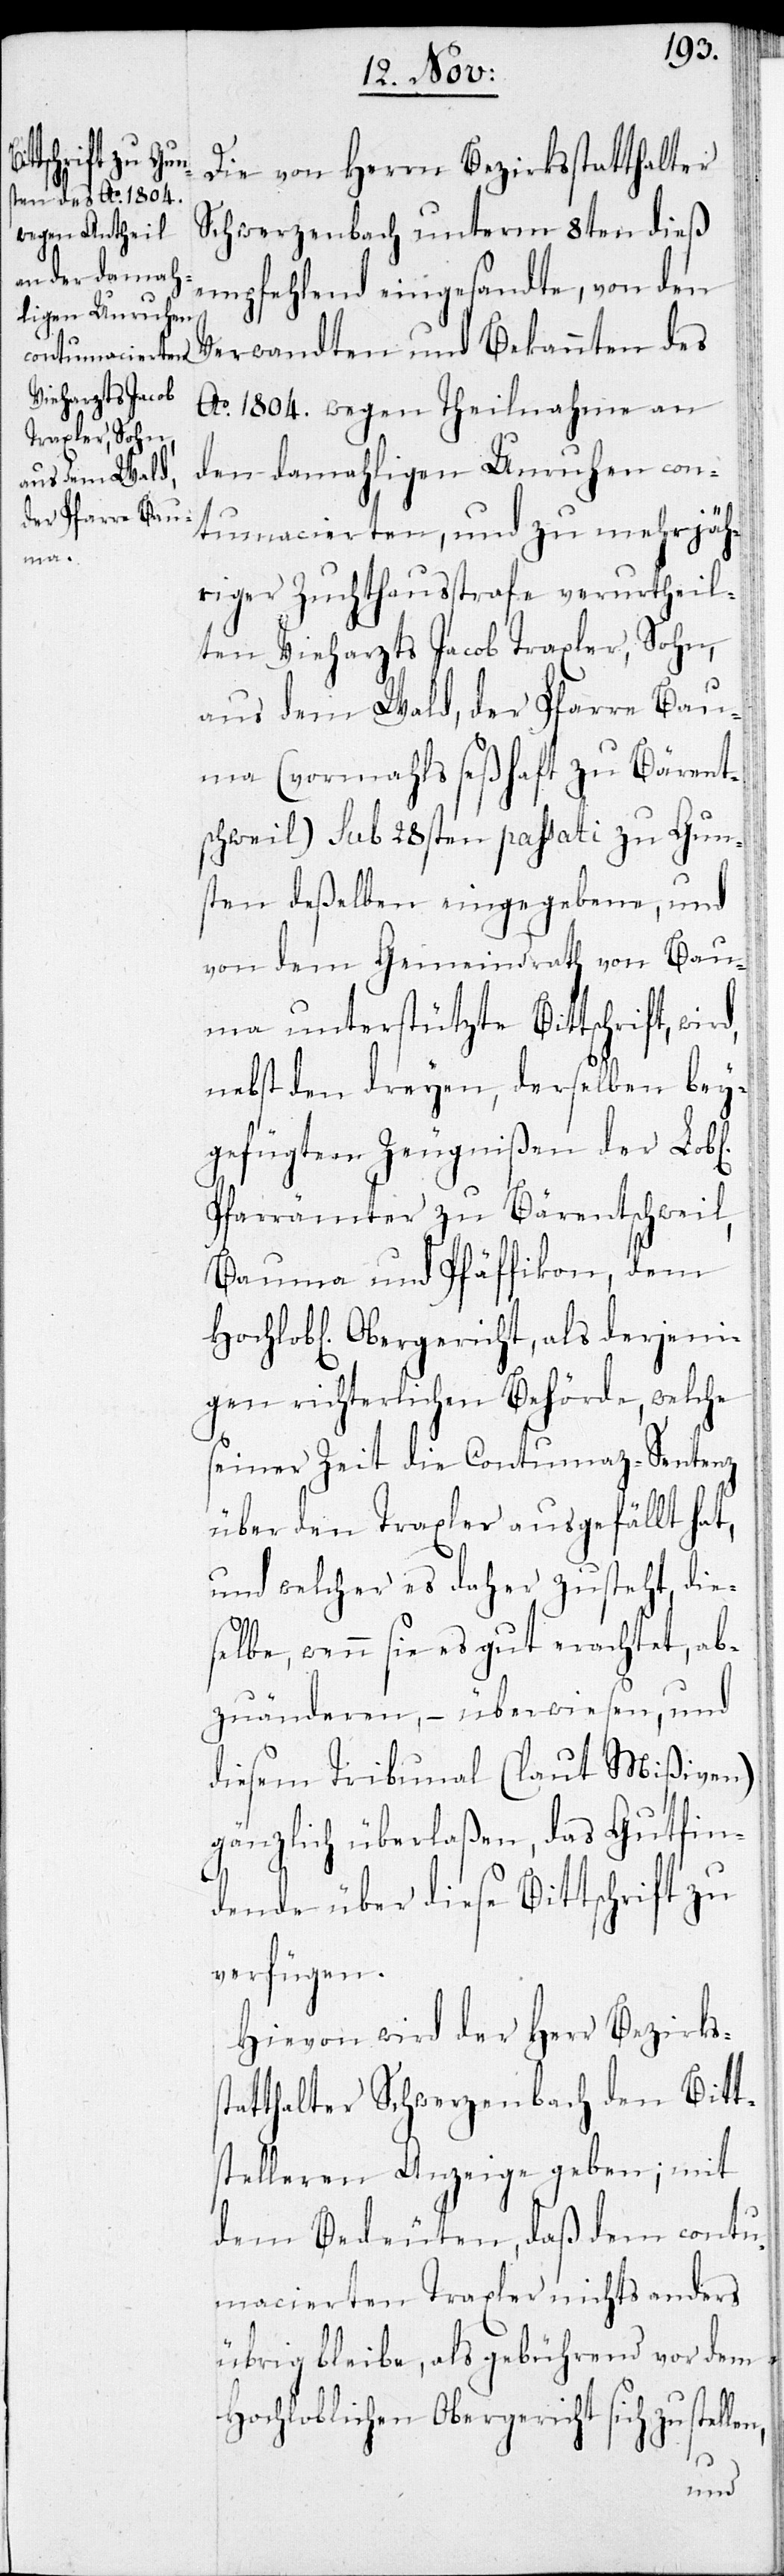
Die von Herrn Bezirksstatthalter
Schwerzenbach unterm 8ten dieß
empfehlend eingesandte, von den
Verwandten und Bekannten des
Ao 1804. wegen Theilnahme an
den damahligen Unruhen con¬
s¬
tumacierten, und zu mehrjäh¬
riger Zuchthausstrafe verurtheil¬
ten Vieharzts Jacob Traxler, Sohn,
aus dem Wald, der Pfarre Bau¬
ma (vormahls seßhaft zu Bärent¬
schweil) sub 28sten passati zu Gun¬
sten deßelben eingegebene, und
von dem Gemeindrath von Bau¬
ma unterstützte Bittschrift, wird
nebst den dreyen, derselben bey¬
gefügten Zeugnißen der Lobl.
Pfarrämter zu Bärentschweil,
Bauma und Pfäffikon, dem
Hochlobl. Obergericht, als derjeni¬
gen richterlichen Behörde, welche
seiner Zeit die Contumaz-Sentenz
über den Traxler ausgefällt hat,
und welcher es daher zusteht, die¬
selbe, wenn sie es gut erachtet, ab¬
zuänderen, – überwiesen, und
diesem Tribunal (laut Mißiven)
gänzlich überlaßen, das Gutfin¬
dende über diese Bittschrift zu
verfügen.
Hievon wird der Herr Bezirks¬
tatthalter Schwerzenbach den Bitt¬
stelleren Anzeige geben; mit
dem Bedeuten, daß dem contu¬
macierten Traxler nichts anders
übrig bleibe, als gebührend vor dem
Hochloblichen Obergericht sich zu stel¬
len,